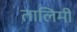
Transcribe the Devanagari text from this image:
तालिमी